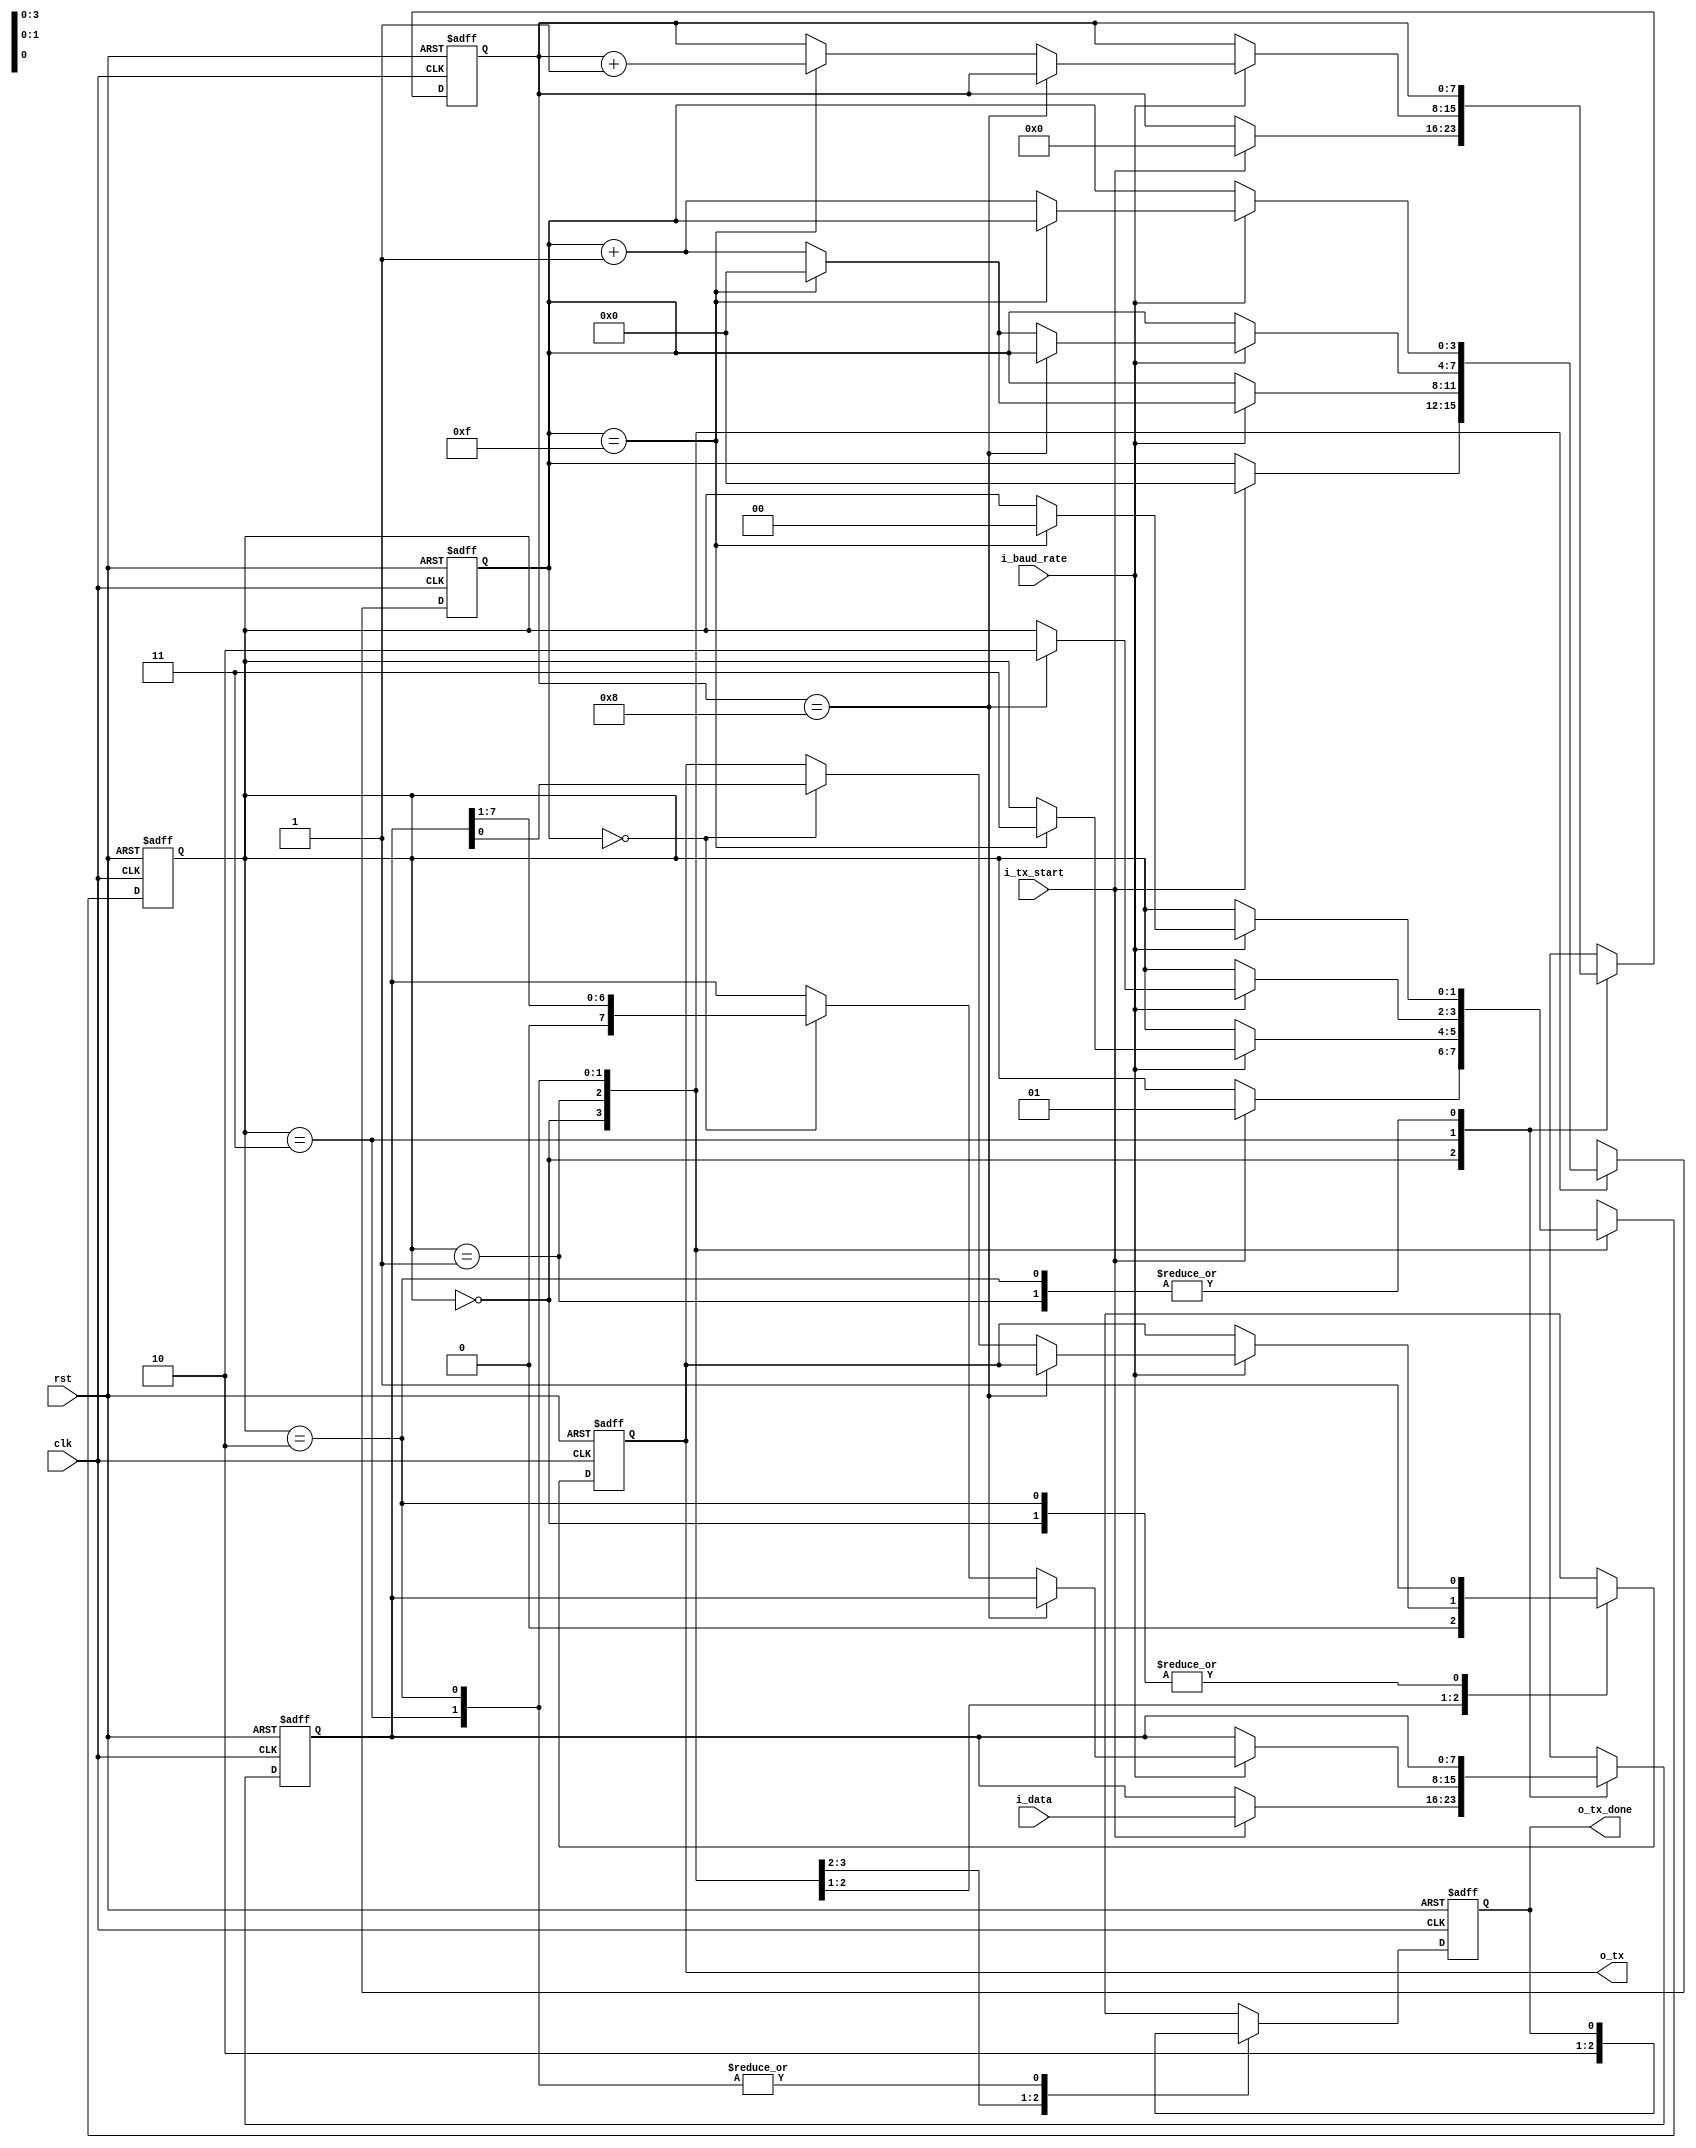
`define NBITS 8

module TX
#(
    parameter NBITS = `NBITS
)
(
    input clk,
    input rst,
    input i_baud_rate,
    input i_tx_start,
    input [`NBITS-1 : 0] i_data,
    output reg o_tx_done,
    output reg o_tx
);

    //localparam COUNTER_NBITS = $clog2(NBITS)+1;
    localparam COUNTER_NBITS = 8;

    localparam
        idle  = 'b00,
        start = 'b01,
        data  = 'b11,
        stop  = 'b10;

    reg [1:0] state, next_state;
    reg [3:0] tick_count, next_tick_count;
    reg [COUNTER_NBITS-1 : 0] data_count, next_data_count;
    reg [NBITS - 1 : 0] data_reg, next_data_reg;
    reg next_tx, next_tx_done;


    always@(posedge clk or negedge rst) begin
        if (!rst) begin
            state <= idle;
            tick_count <= 0;
            data_count <= 0;
            data_reg <= 0;
            o_tx_done <= 1;
            o_tx <= 1;
        end
        else begin
            state <= next_state;
            tick_count <= next_tick_count;
            data_count <= next_data_count;
            data_reg <= next_data_reg;
            o_tx_done <= next_tx_done;
            o_tx <= next_tx;
        end
    end


    always@* begin
        
        //defaults
        next_tx = o_tx;
        next_tx_done = o_tx_done;
        next_state = state;
        next_tick_count = tick_count;
        next_data_count = data_count;
        next_data_reg = data_reg;

        case (state)
            
            idle:
            begin
                next_tx = 1;
                next_tx_done = 1;
                if(i_tx_start) begin
                    next_state = start;
                    next_tick_count = 0;
                    next_data_count = 0;
                    next_data_reg = i_data;
                end
            end

            start:
            begin
                next_tx = 0;
                next_tx_done = 0;
                if (i_baud_rate) begin
                    if(tick_count == 15) begin
                        next_tick_count = 0;
                        next_state = data;
                    end
                    else next_tick_count = tick_count + 1;
                end
            end

            data:
            begin
                if (i_baud_rate) begin
                    if (data_count == NBITS) next_state = stop;
                    else begin
                        if(tick_count == 0) begin
                            next_tx = data_reg[0];
                            next_data_reg = data_reg >> 1;
                        end
                        if (tick_count == 15) begin
                            next_tick_count = 0;
                            next_data_count = data_count + 1;
                        end
                        else next_tick_count = tick_count + 1;
                    end
                end
            end

            stop:
            begin
                next_tx = 1;
                if (i_baud_rate) begin
                    if(tick_count == 15) begin
                        next_state = idle;
                    end
                    else next_tick_count = tick_count + 1;
                end
            end

        endcase
    end
endmodule